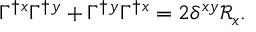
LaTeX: \Gamma ^ { \dagger } { } ^ { x } \Gamma ^ { \dagger } { } ^ { y } + \Gamma ^ { \dagger } { } ^ { y } \Gamma ^ { \dagger } { } ^ { x } = 2 \delta ^ { x y } \mathcal { R } _ { x } .